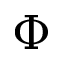
\Phi